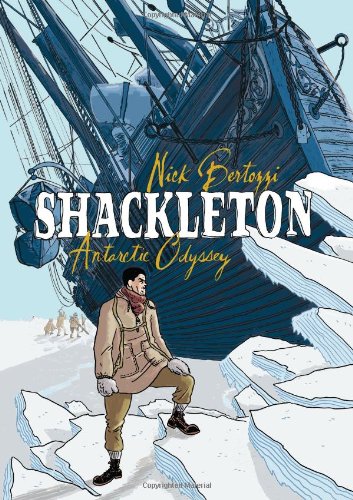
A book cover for Shackleton: Antarctic Odyssey; Nick Bertozzi; Teen & Young Adult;